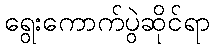
ရွေးကောက်ပွဲဆိုင်ရာ